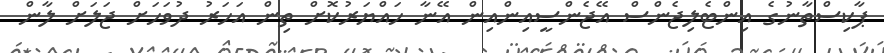
ޕާކިސްތާނުގެ އިންޓެލިޖެންސް އޭޖެންސީއިންއިން އޭނާ ހައްޔަރުކޮށް ތިން އަހަރު ދުވަހަށް ޖަލަށް ލާން